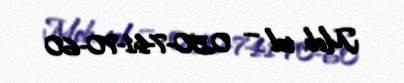
Mob. tel — 050-741-70-60